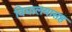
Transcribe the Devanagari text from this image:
विद्यालयासह